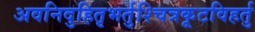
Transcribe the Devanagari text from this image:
अवनिदुहितृभर्तुश्चित्रकूटविहर्तु